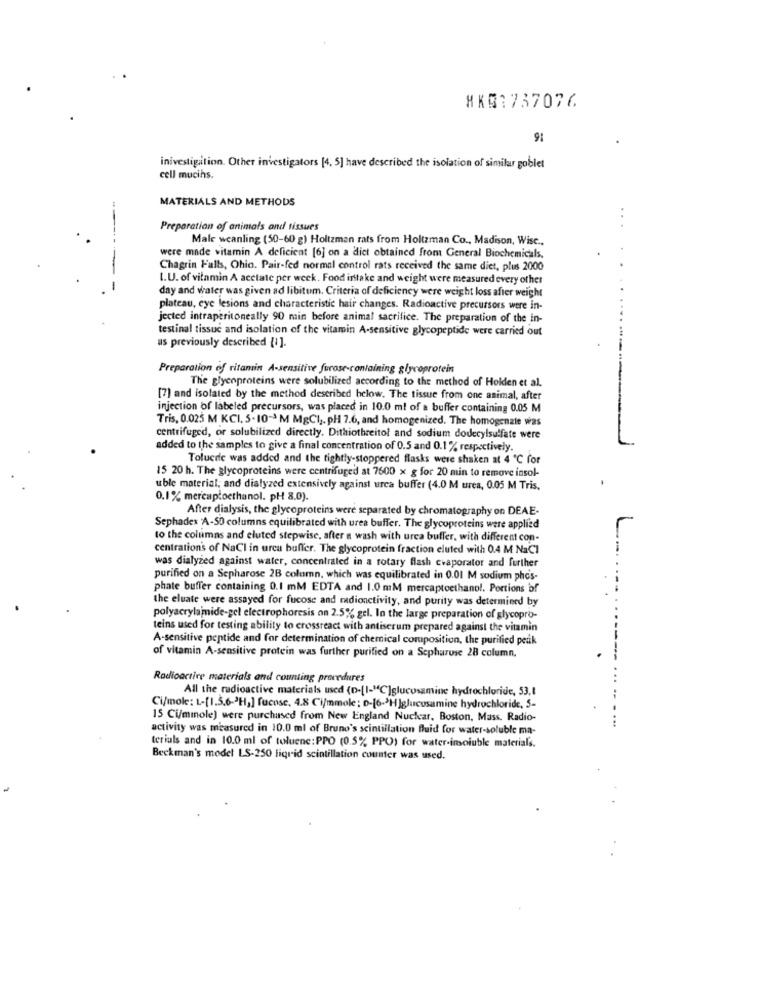
XKB1737076
91
inivestigation. Other investigators [4, 5] have described the isolation of similar goblet
cell mucihs.
MATERIALS AND METHODS
Preparation of animals and tissues
Male wcanling (50-60 g) Holtzman rats from Holtzman Co ., Madison, Wise .,
were made vitamin A deficient [6] on a dict obtained from General Biochemicals,
Chagrin Falls, Ohio. Pair-fed normal control rats received the same diet, plus 2000
t.U. of vitamin A acetate per week. Food intake and weight were measured every other
day and water was given ad libitum. Criteria of deficiency were weight loss after weight
plateau, eye lesions and characteristic hair changes. Radioactive precursors were in-
jected intraperitoneally 90 min before animal sacrifice. The preparation of the in-
testinal tissuc and isolation of the vitamin A-sensitive glycopeptide were carried out
as previously described [i].
Preparation of ritamin A-sensitive furose-containing glycoprotein
The glycoproteins were solubilized according to the method of Holden et al.
[7] and isolated by the method described below. The tissue from one animal, after
injection of labeled precursors, was placed in 10.0 ml of a buffer containing 0.05 M
Tris, 0.025 M KCI. 5.10-3 M MgCI ,. pH 7.6, and homogenized. The homogenale was
centrifuged, or solubilized directly. Dithiothreitol and sodium dodecylsulfate were
added to the samples to give a final concentration of 0.5 and 0.1% respectively.
Tolucric was added and the tightly-stoppered flasks were shaken at 4 ℃ for
15 20 h. The glycoproteins were centrifuged at 7600 x g for 20 min to remove insol-
uble material; and dialyzed extensively against urea buffer (4.0 M urea, 0.05 M Tris.
0.1 % mercaptoethanol. pH 8.0).
After dialysis, the glycoproteins were separated by chromatography on DEAE-
Sephadex 'A-50 columns equilibrated with urea buffer. The glycoproteins were applied
to the columns and eluted stepwise, after a wash with urca buffer, with different con-
centration's of NaCI in urca buffer. The glycoprotein fraction eluted with 0.4 M NaCl
was dialyzed against water, concentrated in a rotary flash evaporator and further
purified on a Sepharose 2B column, which was equilibrated in 0.01 M sodium phe's-
phate buffer containing 0.1 mM EDTA and 1.0 mM mercaptoethanol. Portions of
the eluate were assayed for fucose and medionctivity, and purity was determined by
polyacrylamide-gel electrophoresis on 2.5% gel. In the large preparation of glycopro-
teins used for testing ability to crossreact with antiserum prepared against the vitamin
A-sensitive peptide and for determination of chemical composition, the purified peak
of vitamin A-sensitive protein was further purified on a Sepharuse 28 column.
Radioactive materials and counting procedures
All the radioactive materials used (D-[I-"C]glucosamine hydrochloride, 53,1
Ci/moke: L-[1.5.6-3H] fucose, 4.8 C|mole; - [6->H]glucosamine hydrochloride, 5-
15 Ci/mmole) were purchased from New England Nuclear, Boston, Mass. Radio-
activity was measured in 10.0 ml of Bruno's scintillation fluid for water-soluble ma-
terials and in 10.0 ml of toluene:PPO (0.5% PPO) for water-insoluble materials.
Beekman's model LS-250 liquid scintillation counter was used.